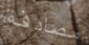
مصادفة